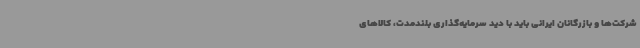
شرکت‌ها و بازرگانان ایرانی باید با دید سرمایه‌گذاری بلندمدت، کالاهای